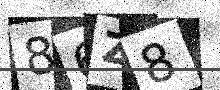
Text: 86Z8